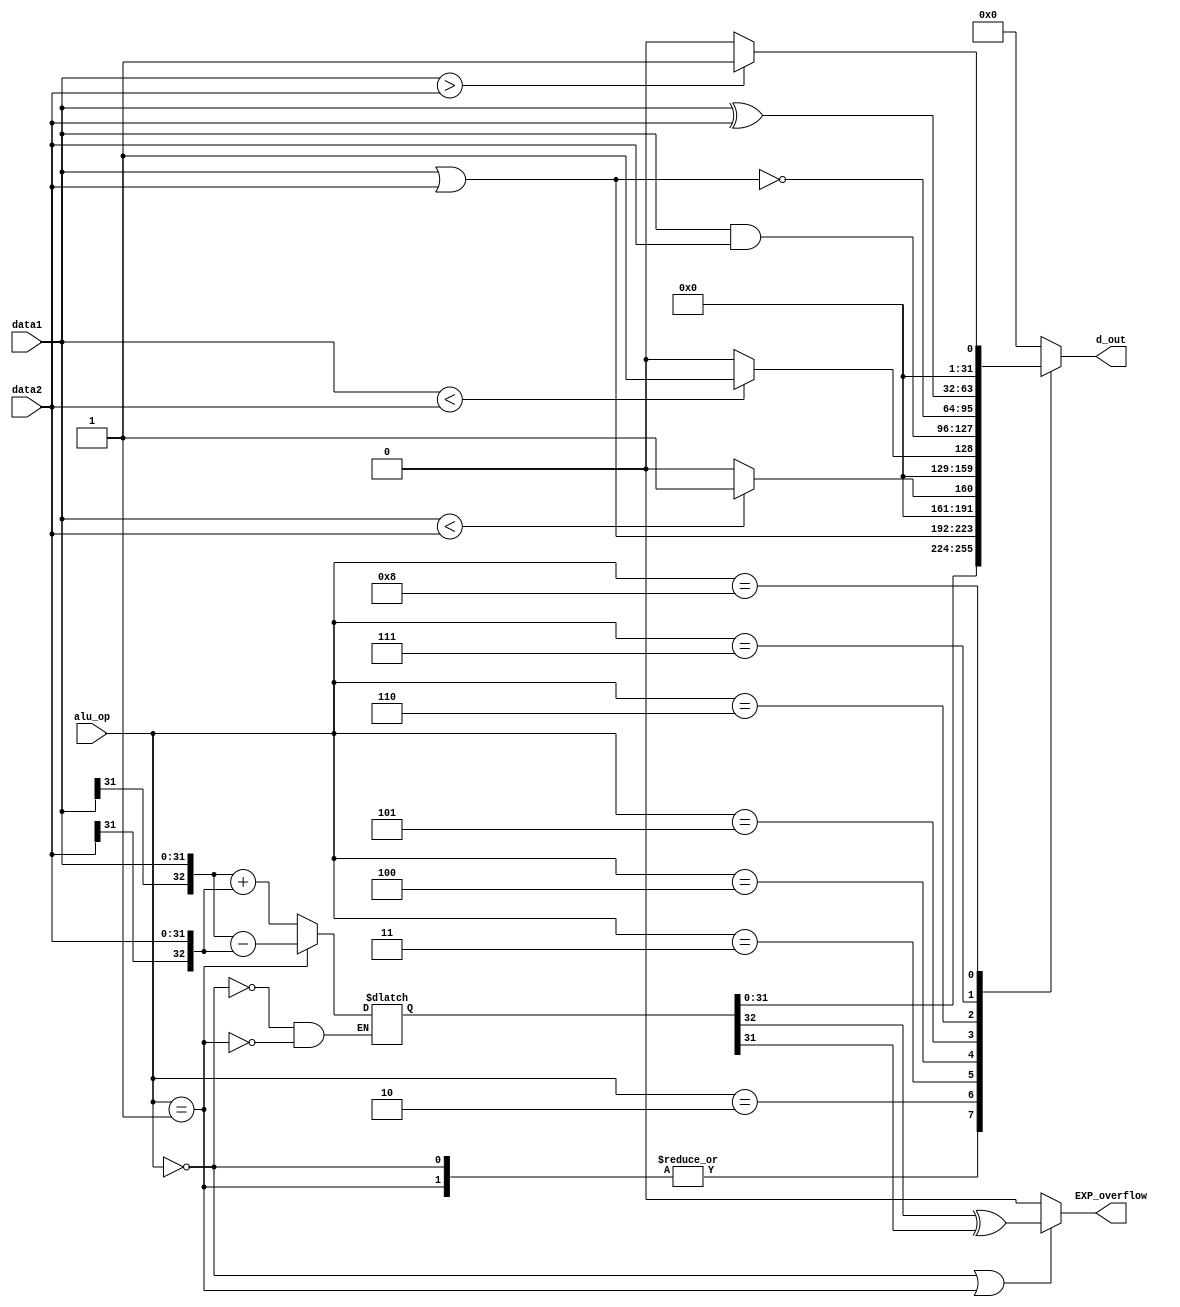
module alu( data1, data2, alu_op, d_out, EXP_overflow );
    input [31:0] data1;
    input [31:0] data2;
    input [3:0]  alu_op;
    output reg [31:0] d_out;
    output reg EXP_overflow;

    wire [32:0] op1 = {data1[31], data1};
    wire [32:0] op2 = {data2[31], data2};
    reg [32:0] op_out;

    always @(*) begin
        case(alu_op)
            4'b0000 : op_out <= op1+op2;
            4'b0001 : op_out <= op1-op2;
        endcase
    end

    always @(*) begin
        case(alu_op)
            4'b0000 : d_out <= op_out[31:0];
            4'b0001 : d_out <= op_out[31:0];
            4'b0010 : d_out <= data1|data2;
            4'b0011 : d_out <= ($signed(data1) < $signed(data2))?1:0;
            4'b0100 : d_out <= (data1 < data2)?1:0;
            4'b0101 : d_out <= data1&data2;
            4'b0110 : d_out <= ~(data1|data2);
            4'b0111 : d_out <= data1^data2;
            4'b1000 : d_out <= ($signed(data1) > $signed(data2))?1:0;
            default: d_out <= 0;
        endcase
    end


    always @(*) begin
        if (alu_op == 4'b0000
        |   alu_op == 4'b0001) begin
            EXP_overflow <= (op_out[32]^op_out[31]);
        end
        else begin
            EXP_overflow <= 1'b0;
        end
    end
endmodule